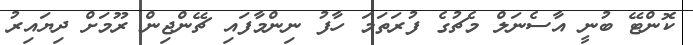
ކޮންޓޭ ބުނީ އާސެނަލް މެޗުގެ ފުރަތަމަ ހާފު ނިންމާފައި ޗޭންޖިން ރޫމަށް ދިޔައިރު